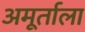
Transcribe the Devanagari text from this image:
अमूर्ताला